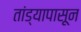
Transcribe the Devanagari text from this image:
तांड्यापासून